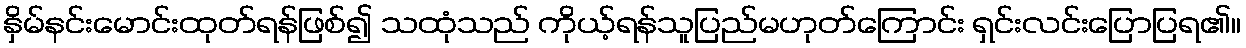
နှိမ်နင်းမောင်းထုတ်ရန်ဖြစ်၍ သထုံသည် ကိုယ့်ရန်သူပြည်မဟုတ်ကြောင်း ရှင်းလင်းပြောပြရ၏။